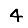
Digit: 4